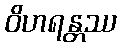
ဝိဟရန္တဿ